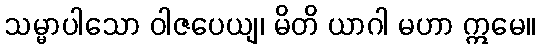
သမ္မာပါသော ဝါဇပေယျ၊ မိတိ ယာဂါ မဟာ ဣမေ။